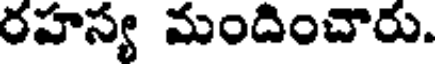
రహస్య మందించారు.